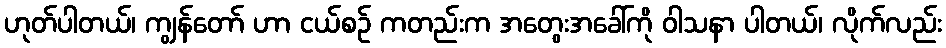
ဟုတ်ပါတယ်၊ ကျွန်တော် ဟာ ငယ်စဉ် ကတည်းက အတွေးအခေါ်ကို ဝါသနာ ပါတယ်၊ လိုက်လည်း